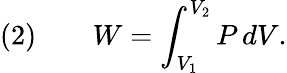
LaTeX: {\mathrm{(2)}}\qquad W=\int_{V_{1}}^{V_{2}}P\, dV.